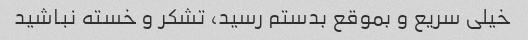
خیلی سریع و بموقع بدستم رسید، تشکر و خسته نباشید